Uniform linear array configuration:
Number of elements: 16
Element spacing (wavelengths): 1
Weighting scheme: cosine
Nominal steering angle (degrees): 60
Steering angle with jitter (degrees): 61.133
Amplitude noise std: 0.05
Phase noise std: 0.05

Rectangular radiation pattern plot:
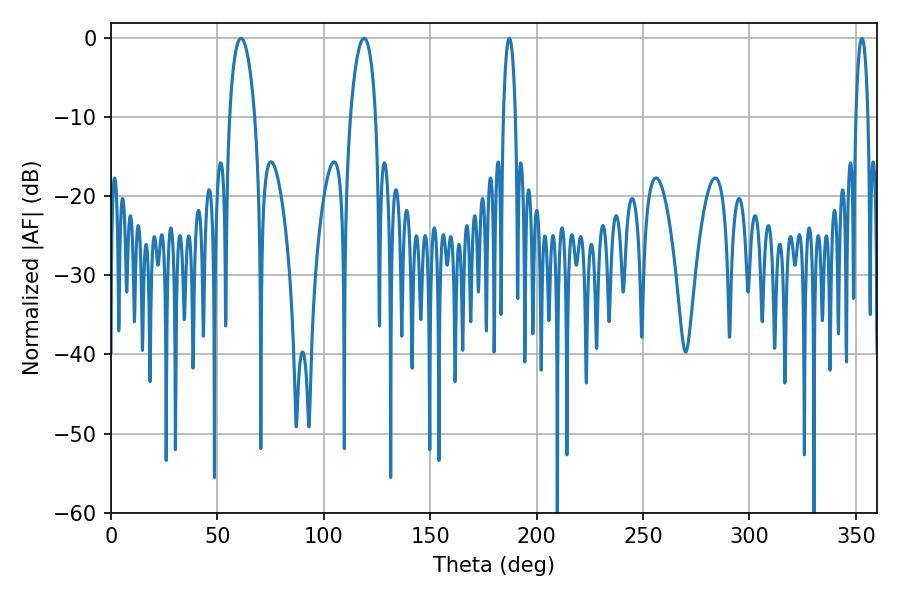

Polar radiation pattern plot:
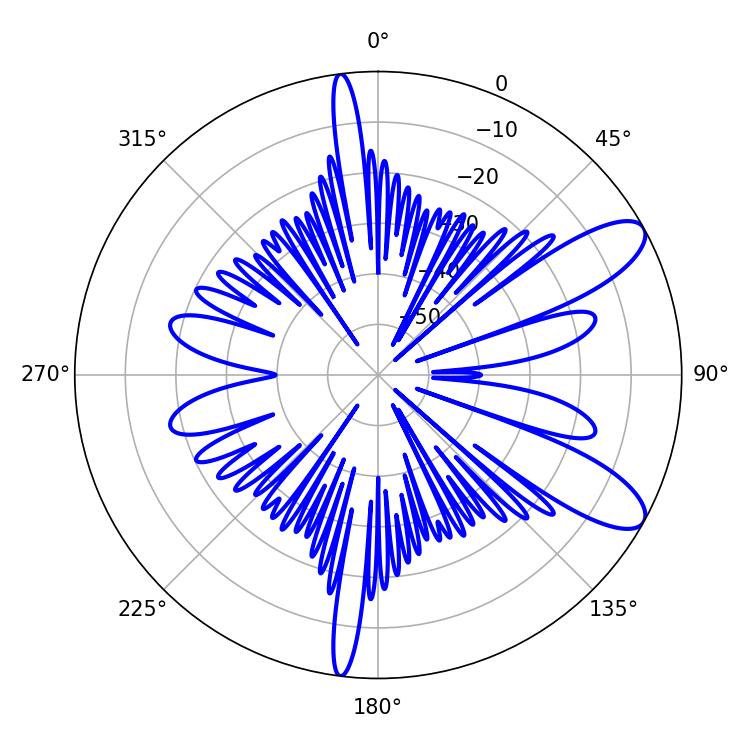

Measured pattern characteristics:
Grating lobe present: TRUE
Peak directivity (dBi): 9.909
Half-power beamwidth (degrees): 6.66
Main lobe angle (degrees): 61.02